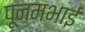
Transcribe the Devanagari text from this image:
पूनमभाई